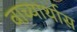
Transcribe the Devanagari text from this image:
वाच्यार्थास